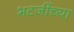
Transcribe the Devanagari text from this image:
भटजींच्या